Document type: Grant
Year: 1445
Scribe: Antoni Gomar
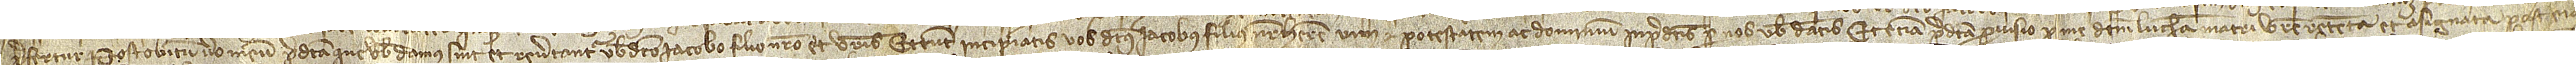
prefertur. Post obitum vero meum predicta que vobis damus sint et revertantur vobis dicto Iacobo, filio nostro, et vestris. Et tunc incipiatis vos dictus Iacobus, filius noster, habere vim et potestatem ac dominium in predictis per nos vobis datis. Et etiam predicta provisio per me dictum Lucham matri vestre retenta et asignata post eius